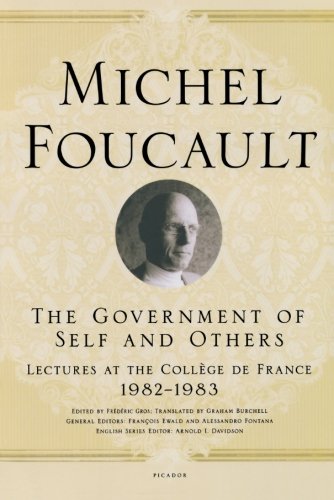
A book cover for The Government of Self and Others: Lectures at the College de France, 1982-1983 (Lectures at the CollÃ¨ge de France); Michel Foucault; Politics & Social Sciences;